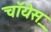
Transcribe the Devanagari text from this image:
चॉयेस़